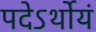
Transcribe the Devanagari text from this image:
पदेऽर्थोयं